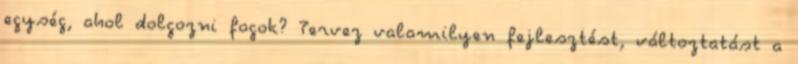
egység, ahol dolgozni fogok? Tervez valamilyen fejlesztést, változtatást a